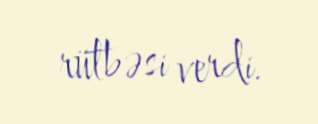
rütbəsi verdi.